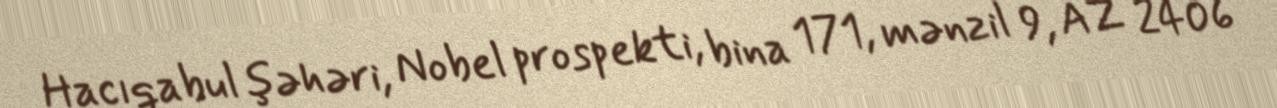
Hacıqabul şəhəri, Nobel prospekti, bina 171, mənzil 9, AZ 2406